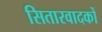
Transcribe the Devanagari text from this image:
सितारवादकों